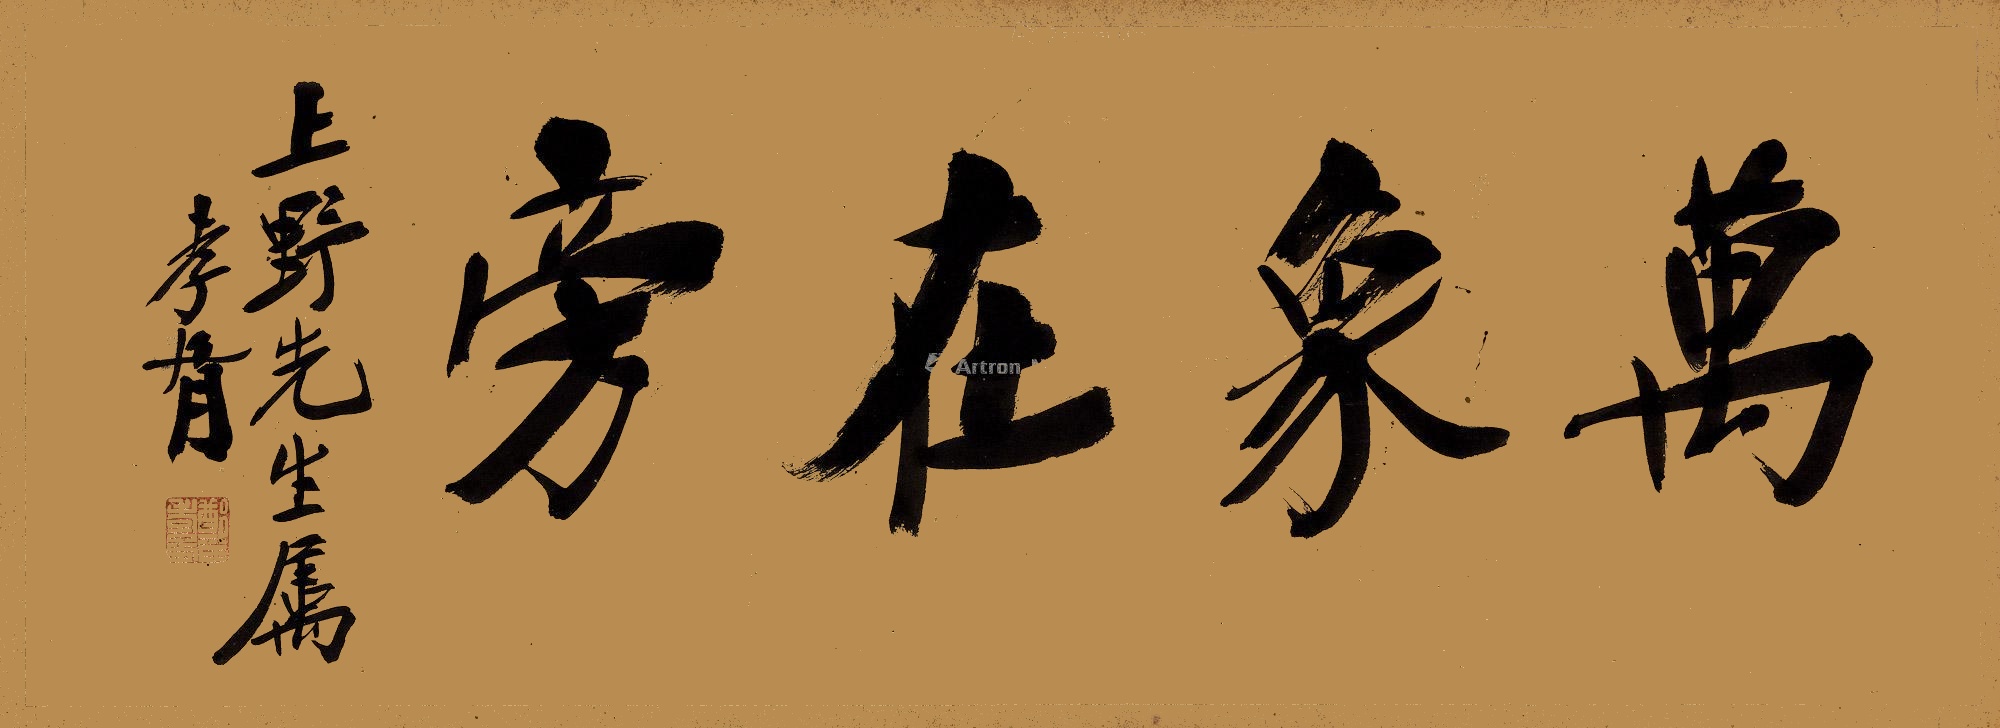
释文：万象在旁上野先生属。孝胥。